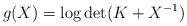
LaTeX: \begin{align*}g(X) = \log \det ( K + X^{-1} )\end{align*}